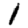
Digit: 1